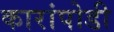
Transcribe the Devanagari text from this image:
कारांपोडी